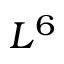
L ^ { 6 }